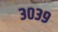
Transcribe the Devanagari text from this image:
३०३९